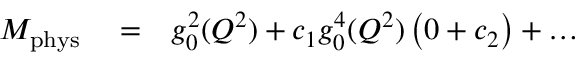
\begin{array} { r l r } { { \cal M } _ { \mathrm { p h y s } } } & { { } = } & { g _ { 0 } ^ { 2 } ( Q ^ { 2 } ) + c _ { 1 } g _ { 0 } ^ { 4 } ( Q ^ { 2 } ) \left( 0 + c _ { 2 } \right) + \dots } \end{array}